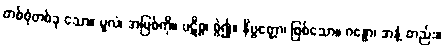
တစ်စုံတစ်ခု သော။ မူလံ၊ အမြစ်ကို။ ပဋိစ္စ၊ စွဲ၍။ နိဗ္ဗတ္တော၊ ဖြစ်သော။ ဂန္ဓော၊ အနံ့ တည်း။